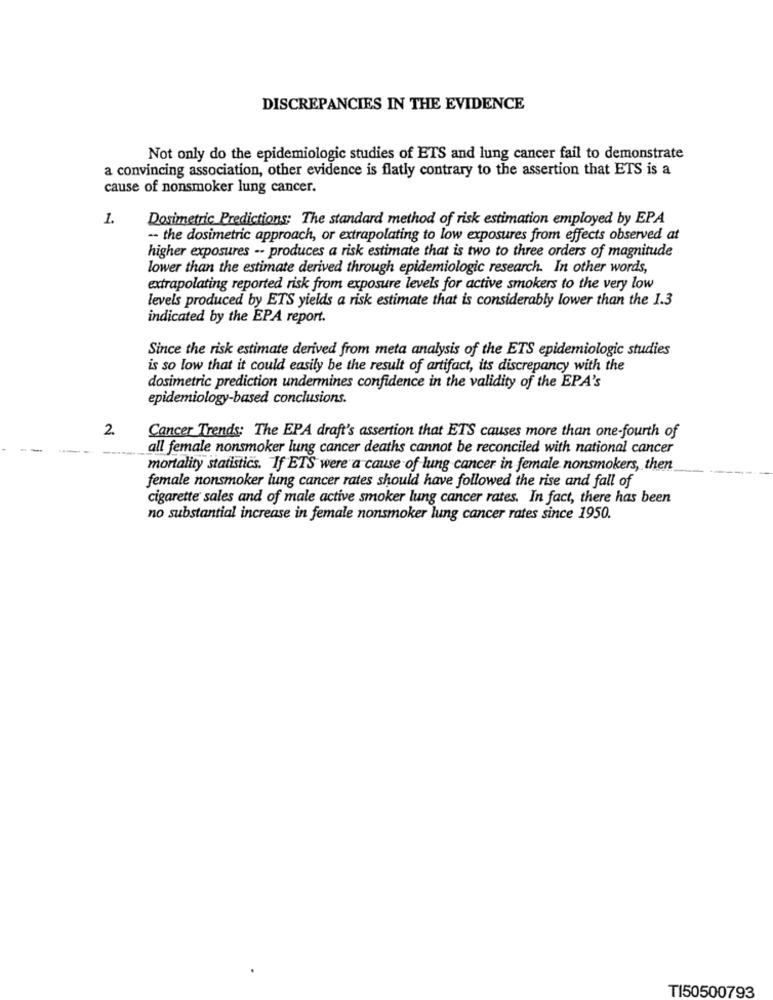
DISCREPANCIES IN THE EVIDENCE
Not only do the epidemiologic studies of ETS and lung cancer fail to demonstrate
a convincing association, other evidence is flatly contrary to the assertion that ETS is a
cause of nonsmoker lung cancer.
1.
Dosimetric Predictions: The standard method of risk estimation employed by EPA
-- the dosimetric approach, or extrapolating to low exposures from effects observed at
higher exposures -- produces a risk estimate that is two to three orders of magnitude
lower than the estimate derived through epidemiologic research. In other words,
extrapolating reported risk from exposure levels for active smokers to the very low
levels produced by ETS yields a risk estimate that is considerably lower than the 1.3
indicated by the EPA report.
Since the risk estimate derived from meta analysis of the ETS epidemiologic studies
is so low that it could easily be the result of artifact, its discrepancy with the
dosimetric prediction undermines confidence in the validity of the EPA's
epidemiology-based conclusions.
2
Cancer Trends: The EPA draft's assertion that ETS causes more than one-fourth of
all female nonsmoker lung cancer deaths cannot be reconciled with national cancer
mortality statistics. If ETS were a cause of lung cancer in female nonsmokers, then
female nonsmoker lung cancer rates should have followed the rise and fall of
cigarette sales and of male active smoker lung cancer rates. In fact, there has been
no substantial increase in female nonsmoker lung cancer rates since 1950.
TI50500793